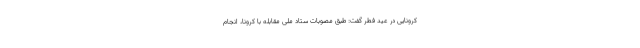
کرونایی در عید فطر گفت: طبق مصوبات ستاد ملی مقابله با کرونا، انجام